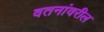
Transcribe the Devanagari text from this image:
वतनांवरील